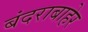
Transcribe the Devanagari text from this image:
बंदराबाहेर